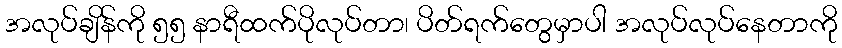
အလုပ်ချိန်ကို ၅၅ နာရီထက်ပိုလုပ်တာ၊ ပိတ်ရက်တွေမှာပါ အလုပ်လုပ်နေတာကို